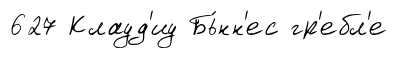
627 Клауд'иу Бь́нн'ес гр'ебл'е